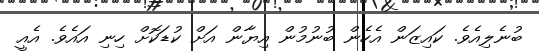
ބުނެލިއެވެ. ކައިޒަން އެހެން ބުނުމުން އިޔާން އަށް ކުޑަކޮށް ހިނި އައެވެ. އެއީ